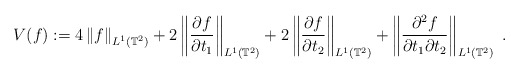
\begin{align*}V(f):=4\left\Vert f\right\Vert _{L^{1}\left( \mathbb{T}^{2}\right)}+2\left\Vert \frac{\partial f}{\partial t_{1}}\right\Vert _{L^{1}\left(\mathbb{T}^{2}\right) }+2\left\Vert \frac{\partial f}{\partial t_{2}}\right\Vert _{L^{1}\left( \mathbb{T}^{2}\right) }+\left\Vert \frac{\partial^{2}f}{\partial t_{1}\partial t_{2}}\right\Vert _{L^{1}\left(\mathbb{T}^{2}\right) }\;.\end{align*}